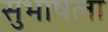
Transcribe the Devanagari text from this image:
सुभाषला